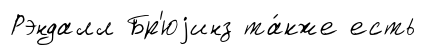
Рэндалл Бр'юjинз та́кже есть